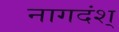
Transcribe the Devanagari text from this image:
नागदंश्